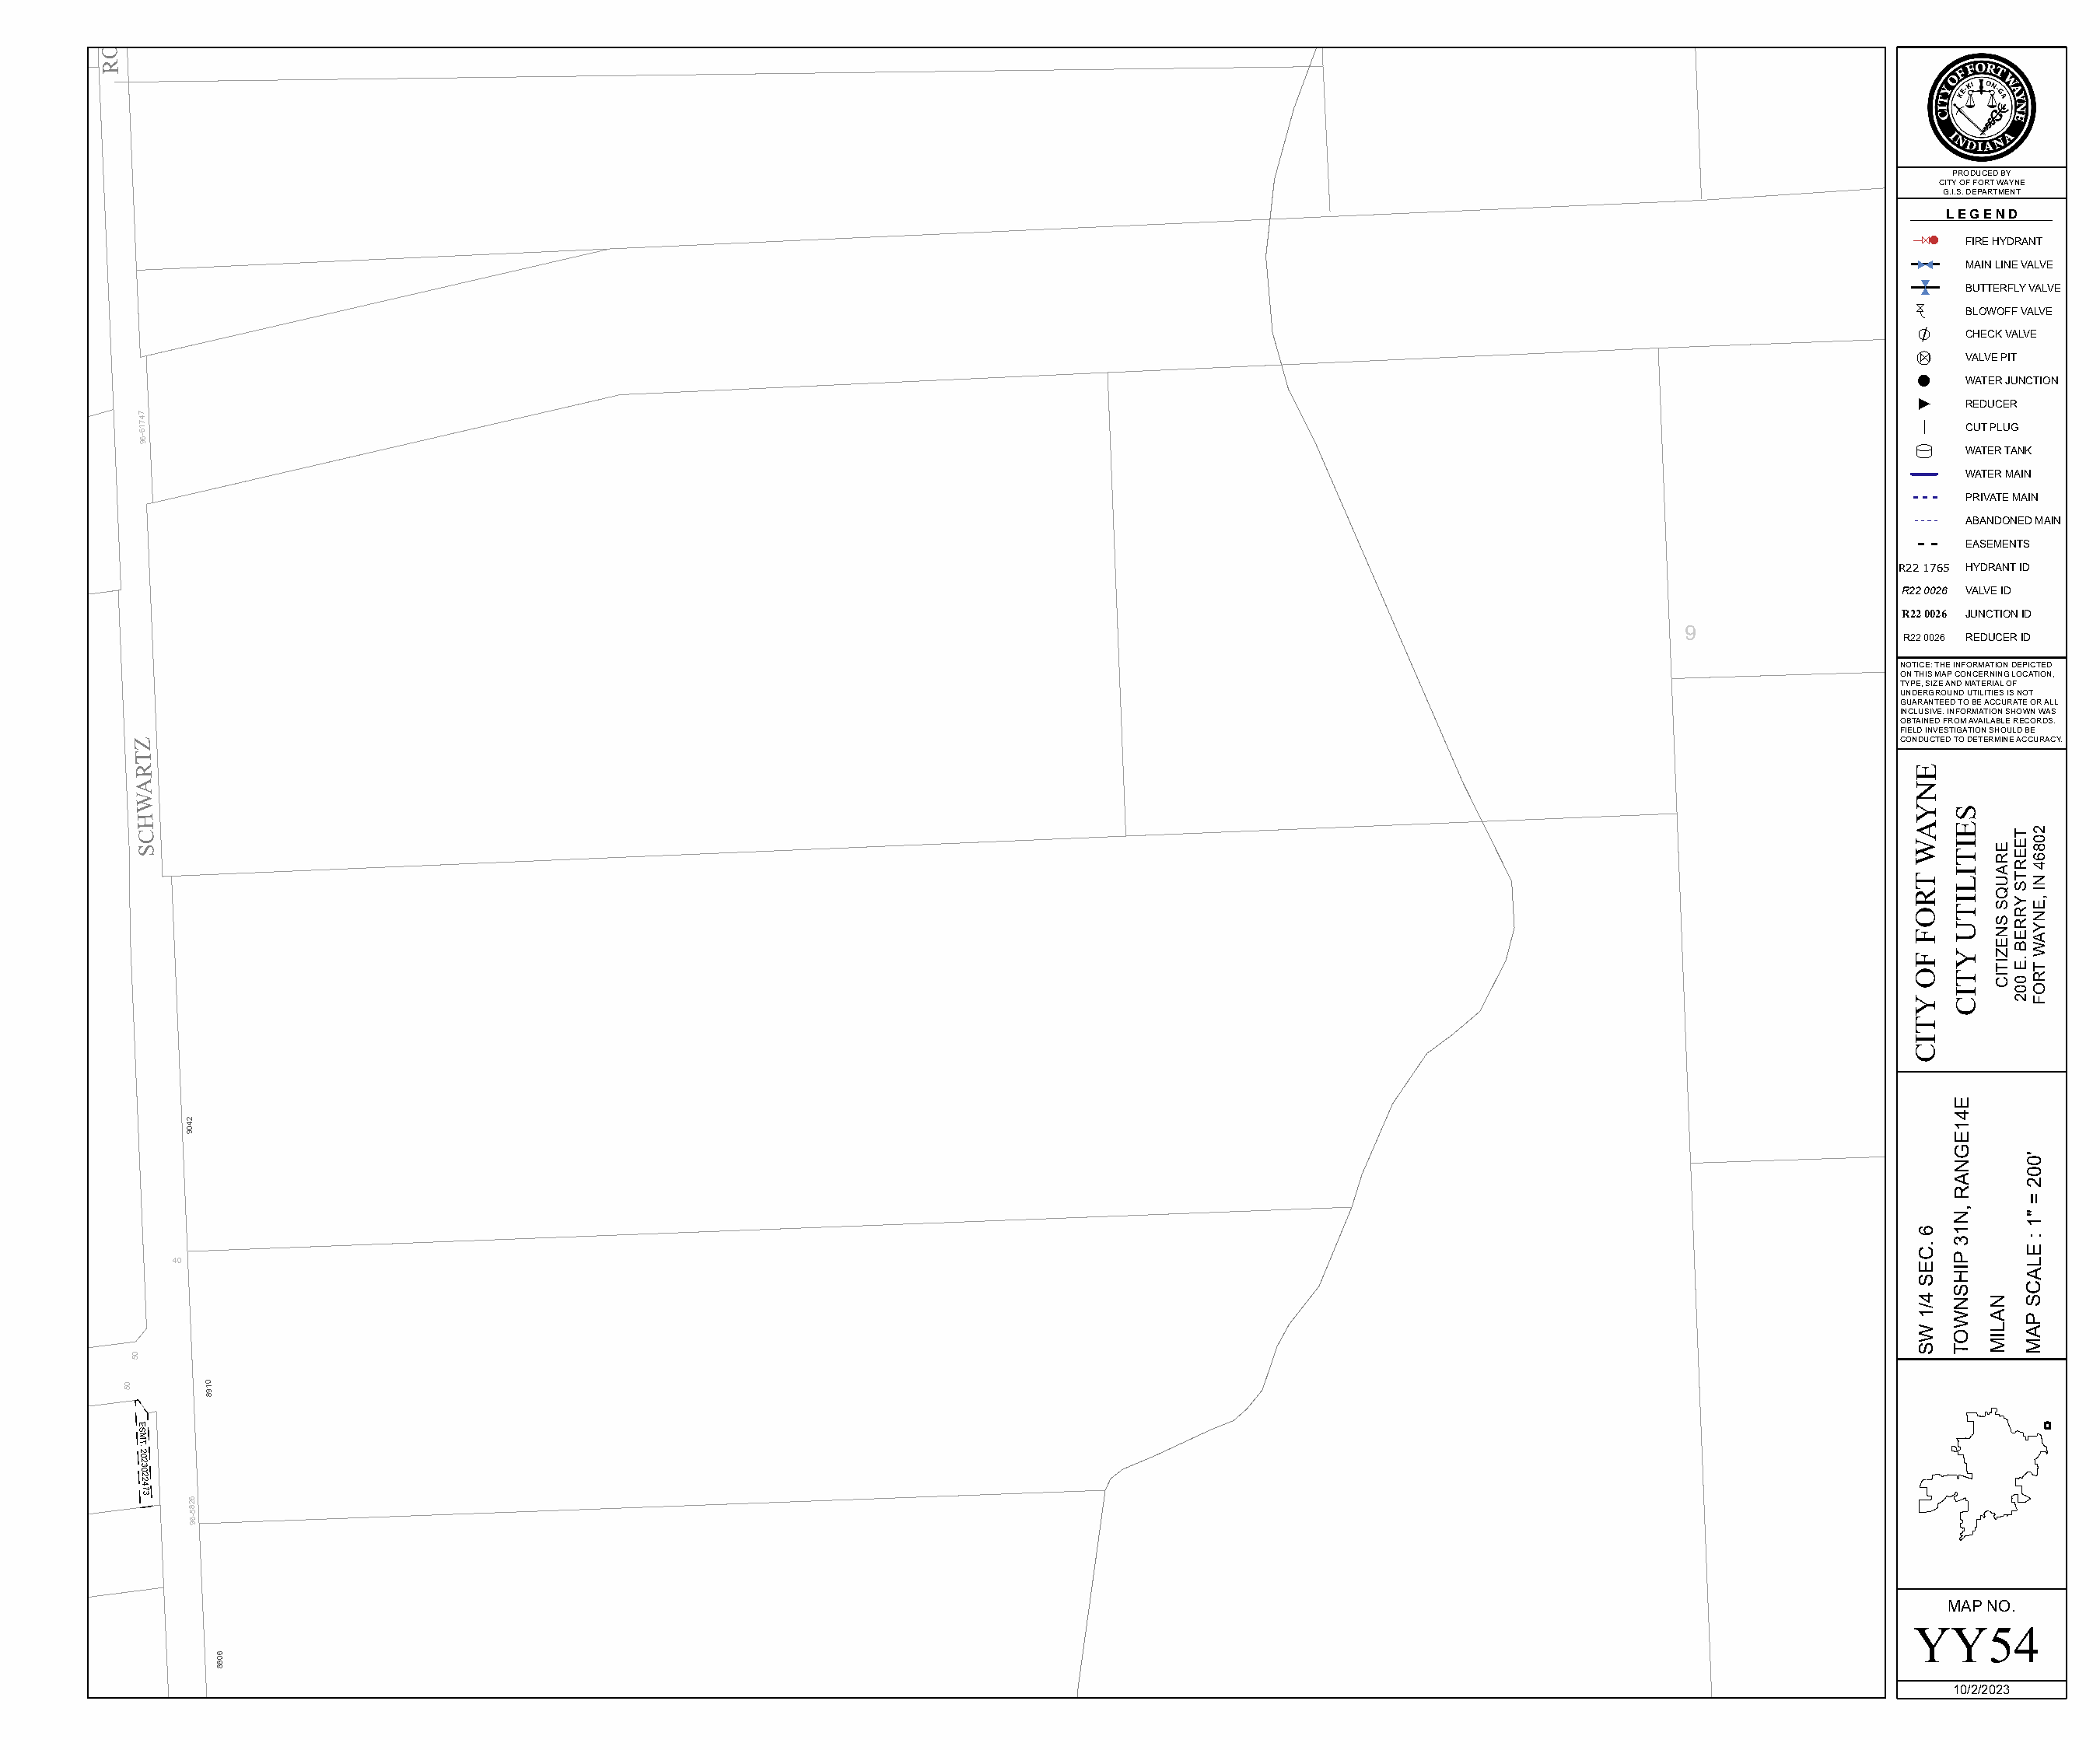
D
 A
 O
 R
 PRODUCED BY
 CITY OF FORT WAYNE
 G.I.S. DEPARTMENT
 L E G E N D
 ää  FIRE HYDRANT
 3
 MAIN LINE VALVE
 g   BUTTERFLY VALVE
 (  BLOWOFF VALVE
 &
 /  CHECK VALVE
 (   VALVE PIT
 WATER JUNCTION
 REDUCER
 74716-69
 T
 CUT PLUG
 WATER TANK
 WATER MAIN
 PRIVATE MAIN
 ABANDONED MAIN
 EASEMENTS
 R22 1765 HYDRANT ID
 R22 0026 VALVE ID
 R22 0026 JUNCTION ID
 9
 R22 0026 REDUCER ID
 NOTICE: THE INFORMATION DEPICTED
 ON THIS MAP CONCERNING LOCATION,
 TYPE, SIZE AND MATERIAL OF
 UNDERGROUND UTILITIES IS NOT
 GUARANTEED TO BE ACCURATE OR ALL
 INCLUSIVE. INFORMATION SHOWN WAS
 OBTAINED FROM AVAILABLE RECORDS.
 FIELD INVESTIGATION SHOULD BE
 Z                                                                                                                                                     CONDUCTED TO DETERMINE ACCURACY.
 T
 R                                                                                                                                                      E
 A                                                                                                                                                      N
 W
 Y   S
 H
 C
 S
 WA  TIE
 RE
 EET 6802
 T
 LI UA TR
 N
 4
 S
 FOR
 UTI
 NS
 SQ
 ERRY AYNE,
 I
 F   Y
 TIZE
 E.
 B
 T
 W
 O   T  CI0 R
 Y
 CI   20 FO
 T
 I
 C
 E
 4
 2409                                                                                                                                                   E1
 G
 N
 0'
 0
 A     2
 R
 =
 N,    "
 1
 6  1
 C.
 3
 E
 :
 P
 40                                                                                                                                                   SE HI    AL
 4
 NS
 N
 SC
 1/
 W  A  P
 W  O  IL A
 S  T  M  M
 05
 05     0198
 E
 S
 M
 T.
 20230
 22473
 6285-69
 MAP NO.
 YY54
 6088
 10/2/2023
 á
 á
 g
 ä
 g
 3
 E
 ¼